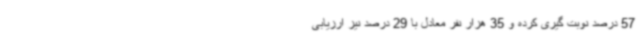
57 درصد نوبت گیری کرده‌ و 35 هزار نفر معادل با 29 درصد نیز ارزیابی